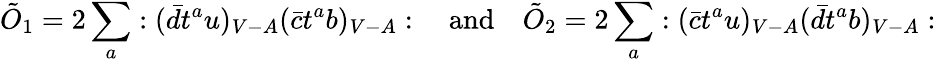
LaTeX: \tilde{O}_{1}=2\sum_{a}:(\bar{d}t^{a}u)_{V-A}(\bar{c}t^{a}b)_{V-A}:\quad\mathrm{and}\quad\tilde{O}_{2}=2\sum_{a}:(\bar{c}t^{a}u)_{V-A}(\bar{d}t^{a}b)_{V-A}: